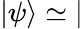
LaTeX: |\psi\rangle\simeq|